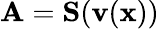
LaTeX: \mathbf{A}=\mathbf{S}(\mathbf{v}(\mathbf{x}))